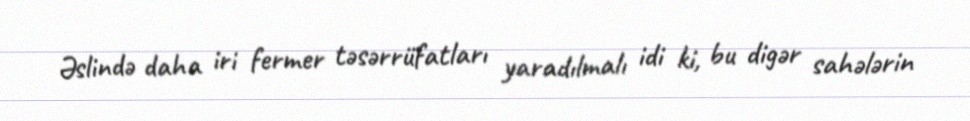
Əslində daha iri fermer təsərrüfatları yaradılmalı idi ki, bu digər sahələrin